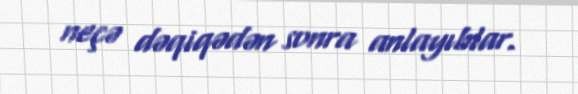
neçə dəqiqədən sonra anlayıblar.